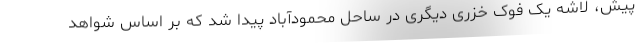
پیش، لاشه یک فوک خزری دیگری در ساحل محمودآباد پیدا شد که بر اساس شواهد